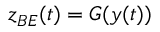
\boldsymbol { z } _ { B E } ( t ) = G ( \boldsymbol { y } ( t ) )